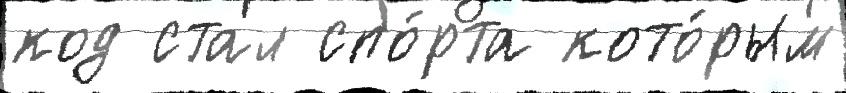
код стал спо́рта кото́рым